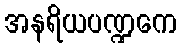
အနရိယပဏ္ဍကေ